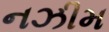
નઝીમ